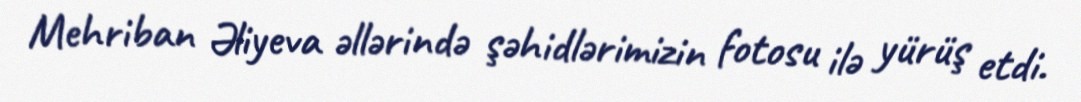
Mehriban Əliyeva əllərində şəhidlərimizin fotosu ilə yürüş etdi.